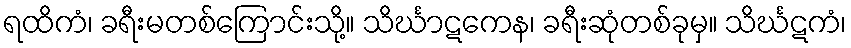
ရထိကံ၊ ခရီးမတစ်ကြောင်းသို့။ သိင်္ဃာဋကေန၊ ခရီးဆုံတစ်ခုမှ။ သိင်္ဃဋကံ၊